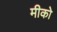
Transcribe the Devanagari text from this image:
मीको